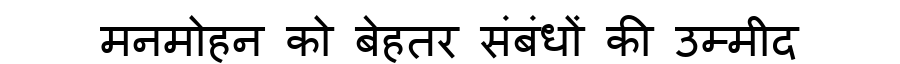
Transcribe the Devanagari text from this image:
मनमोहन को बेहतर संबंधों की उम्मीद